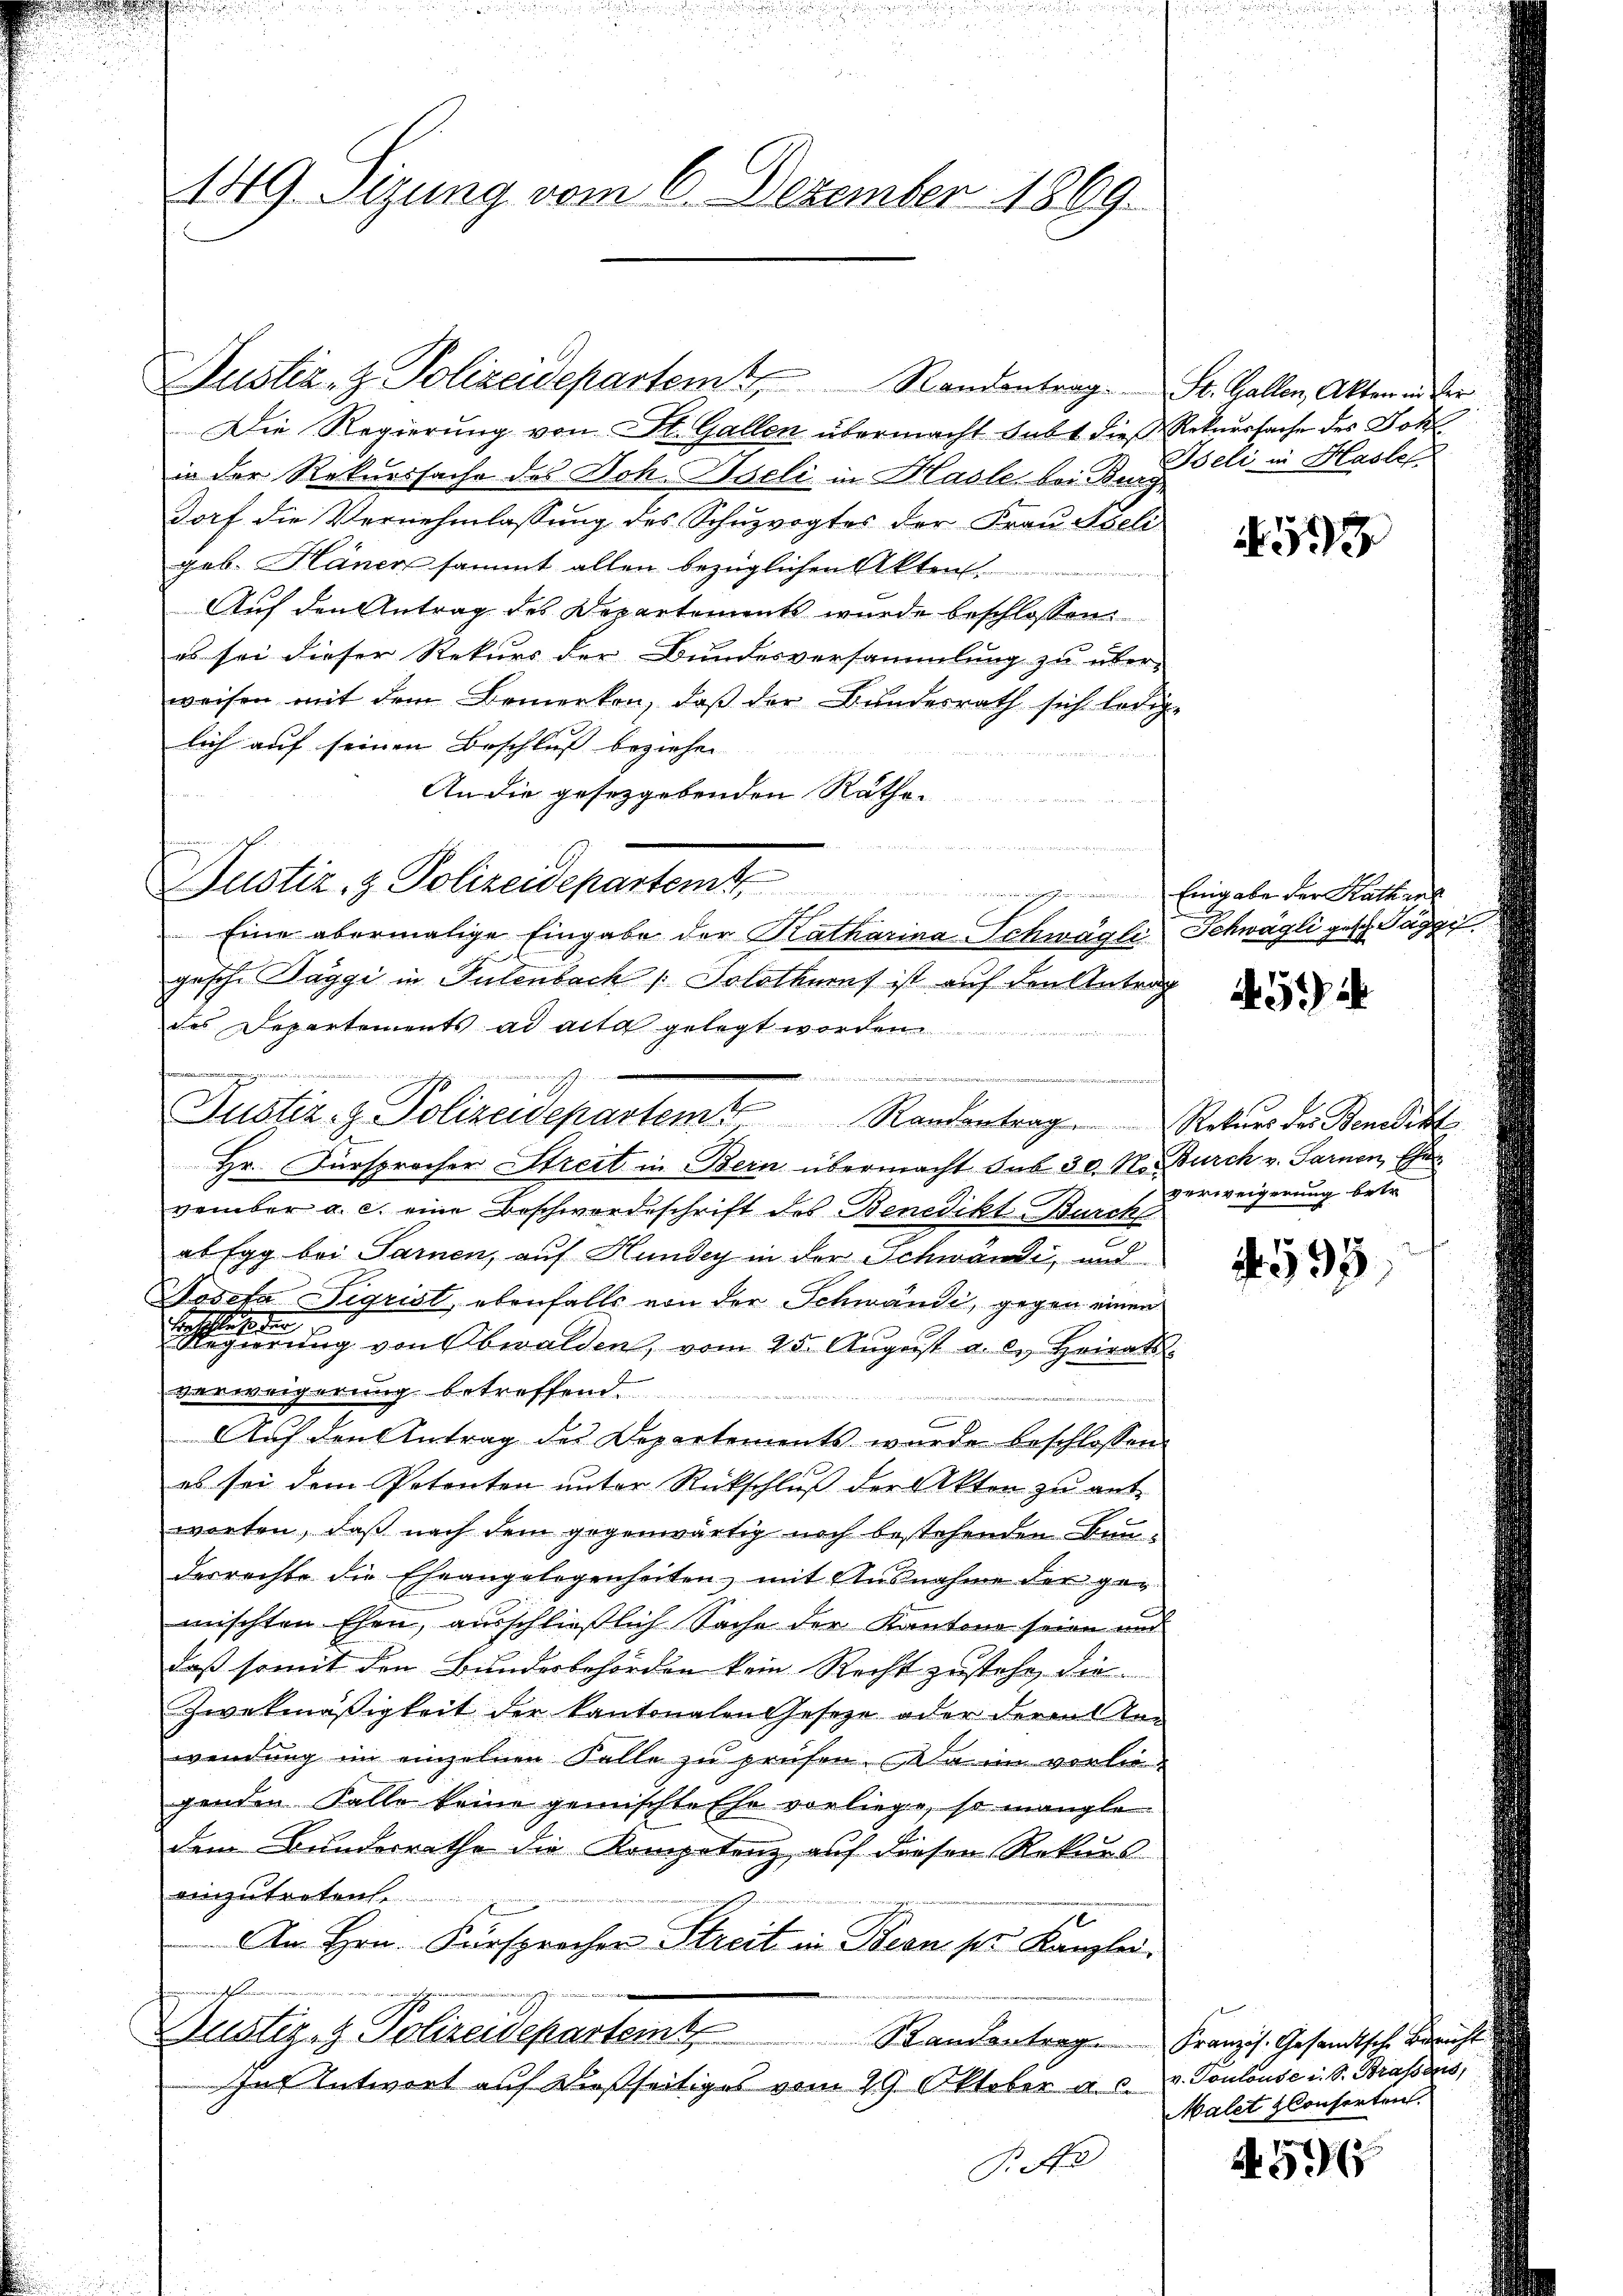
.

Die Regierung von St. Gallen übermacht habt dieß Rekursache des Joh
in der Rekurssache des Joh. Iseli in Hasle, bei Burg,
Dorf die Vernehmlassung des Schuzvogtes der Frau Aseli
gob. Häner sammt allen bezüglichen Akten.
Auf den Antrag des Departements wurde beschlossen:
es sei dieser Rekurs der Bundesversammlung zu über-
weisen mit dem Bemerken, daβ der Bundesrath sich ledig-
lich auf seinen Beschluss beziehen |

An die gesetzgebenden Räthe-
Eine abermalige Eingabe der Ratharina Schwägli, Schwägli gesch. Tagge
gesche Taggi in Tulenbach Solothurns ist auf den Antrag
des Departements ad acta gelegt wor
Hr. Fürsprocher Streit in Bern übermacht sub 30. N. Burch v. Sarnen, Ehe
vember a. c. eine Beschwerdeschrift des Benedikt Burch
ab Egg bei Sarnen, auf Hundey in der Schwände, und
Wosefa Sigrist, ebenfalls von der Schwände, gegen einen
Forschluß der
min
Regierung von Obwalden, vom 25. August a. c. Heirats.
verweigerung betreffend
Aŭf den Antrag des Departements wurde beschlossen
es sei dem Petenten unter Rückschluß der Akten zu ant
worten, daß nach dem gegenwärtig noch bestehenden Bunderrechte die Eheangelegenheiten, mit Ausnahme der gemischten Ehen, ausschließlich Sache der Kantone seien und
daß somit den Bundesbehörden kein Recht zustehe, der
Zwekmäßigkeit der Kantonalen Gesetze oder deren Rewendung im einzelnen Falle zu prüfen. Da im vorliegenden Falle keine gemischte Ehe vorliege, so mangle
dem Bundesrathe die Kompetenz auf diesen Rekurs
einzutretente
Am Hrn. Fürsprocher Streit in Bern ser Kanzlei.
aeren sehr mein
Zustiz- & Polizeidepartemt Randantrage Französ. Gesandtsche Beri
af Antwort auf dießseitiges vom 29. Oktober a. c. v. Toulouse i. S. Brassens,
P. Nr

149. Sizung vom 6. Dezember 1869.

Justiz- & Polizeidepartemt

C

di an
wiese anden
Justiz- & Polizeidepartem Randantrag Rekurs der Benedikt

Justiz- & Polizeidepartem Randentrag. St. Gallen, Akten in der

Ieli in Hasler

5

Eingabe der Kathrec

9

verweigerung betr.

495

Malet Consorten.

459